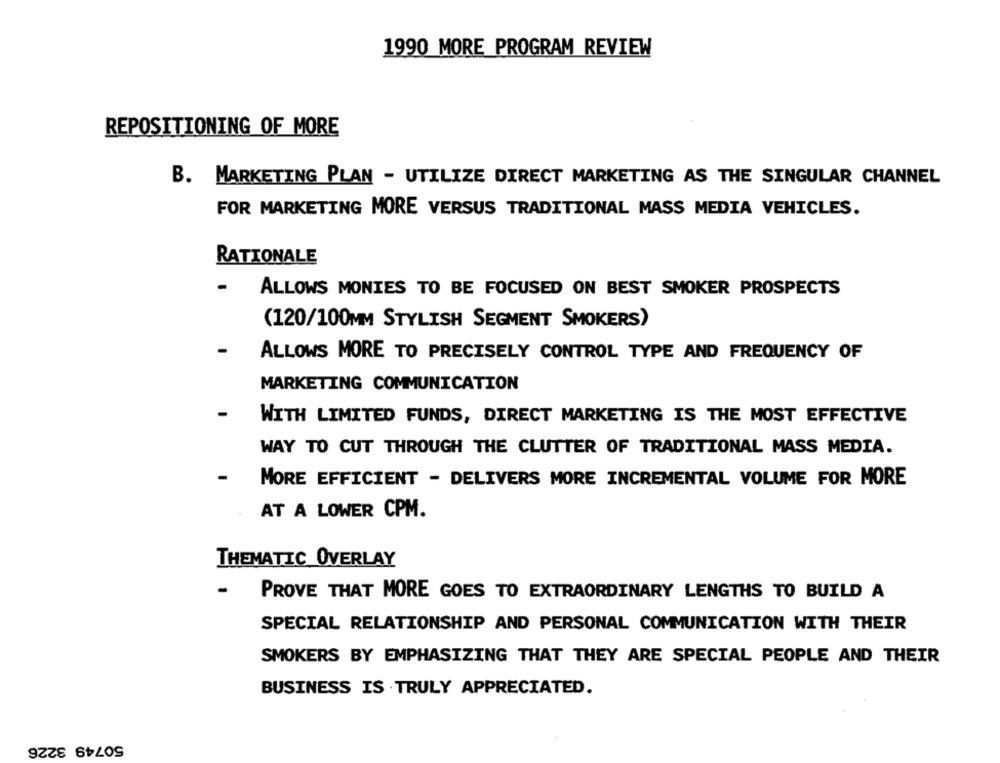
1990 MORE PROGRAM REVIEW
REPOSITIONING OF MORE
B. MARKETING PLAN - UTILIZE DIRECT MARKETING AS THE SINGULAR CHANNEL
FOR MARKETING MORE VERSUS TRADITIONAL MASS MEDIA VEHICLES.
RATIONALE
ALLOWS MONIES TO BE FOCUSED ON BEST SMOKER PROSPECTS
(120/100MM STYLISH SEGMENT SMOKERS)
ALLOWS MORE TO PRECISELY CONTROL TYPE AND FREQUENCY OF
MARKETING COMMUNICATION
WITH LIMITED FUNDS, DIRECT MARKETING IS THE MOST EFFECTIVE
WAY TO CUT THROUGH THE CLUTTER OF TRADITIONAL MASS MEDIA.
MORE EFFICIENT - DELIVERS MORE INCREMENTAL VOLUME FOR MORE
AT A LOWER CPM.
THEMATIC OVERLAY
-
PROVE THAT MORE GOES TO EXTRAORDINARY LENGTHS TO BUILD A
SPECIAL RELATIONSHIP AND PERSONAL COMMUNICATION WITH THEIR
SMOKERS BY EMPHASIZING THAT THEY ARE SPECIAL PEOPLE AND THEIR
BUSINESS IS TRULY APPRECIATED.
50749 3226